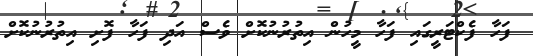
ފަހާ ފެކްޓަރީގައި ފަހާ މީހުން އިތުރުނުކޮށް ވެސް އަދި ފަހާ ފޮށި އިތުރުނުކޮށް